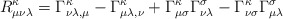
\begin{align*}R^{\kappa}_{\mu\nu\lambda} = \Gamma^{\kappa}_{{\nu\lambda},\mu}- \Gamma^{\kappa}_{{\mu\lambda},\nu} + \Gamma^{\kappa}_{\mu\sigma} \Gamma^{\sigma}_{\nu\lambda} - \Gamma^{\kappa}_{\nu\sigma} \Gamma^{\sigma}_{\mu\lambda}\end{align*}